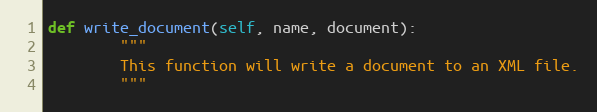
Language: Python
def write_document(self, name, document):
        """
        This function will write a document to an XML file.
        """